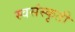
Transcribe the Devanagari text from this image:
स्वसंस्कृती